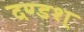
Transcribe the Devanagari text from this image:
दण्डश्